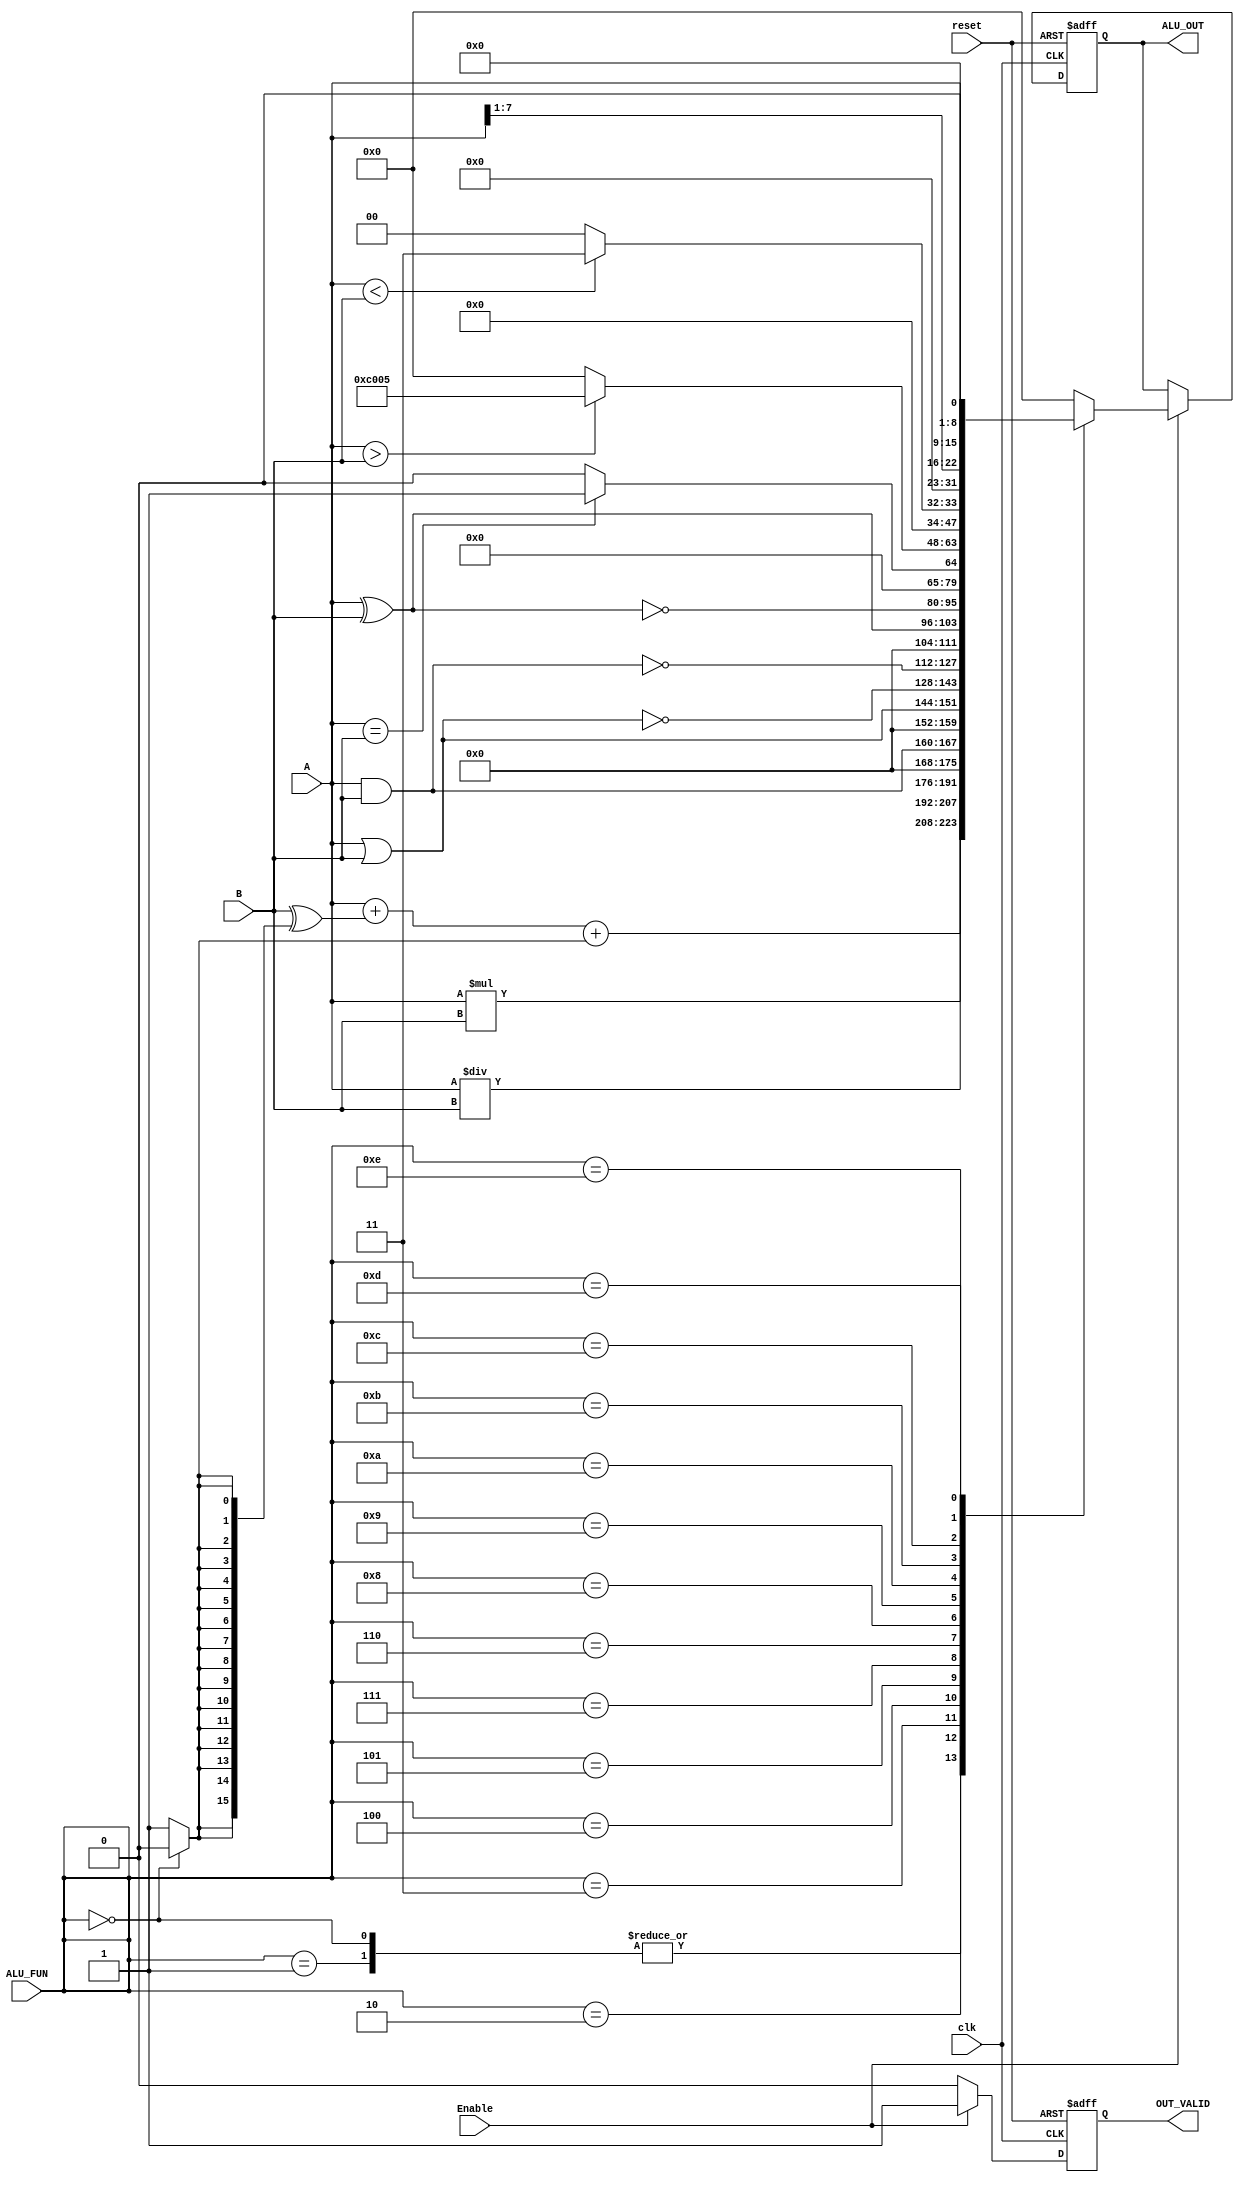

module ALU #(
    parameter
    DATA_WIDTH=8,

    ADD=0, SUB=1, MUL=2, DIV=3, AND=4, OR=5, NAND=6, 
    NOR=7, XOR=8, XNOR=9, CMPEQ=10, CMPGT=11, CMPLE=12,
    SHR=13, SHL=14
)(
input [DATA_WIDTH-1:0]A,B,
input [3:0]ALU_FUN, //its value not known-->> ALU_OUT=16'b0
input Enable,

input clk, reset,
output reg [2*DATA_WIDTH-1:0] ALU_OUT,
output reg OUT_VALID  //??????????
);  

  wire subFlag;
  wire [2*DATA_WIDTH-1:0]  Result, addendOrSubbed;
  
  reg [2*DATA_WIDTH-1:0] ALU_OUT_wire;
  reg OUT_VALID_wire;

  always@(posedge clk or negedge reset)
  begin
    if(!reset)
    begin
        ALU_OUT <=0;
        OUT_VALID<=0;
    end

    else
    begin
        if(Enable)  
        begin
            ALU_OUT   <= ALU_OUT_wire;
        end

        OUT_VALID <= OUT_VALID_wire;
    end
  end
  
  assign subFlag=(ALU_FUN == 4'b0000)? 0:1;
  
  assign addendOrSubbed=B ^ { (2*DATA_WIDTH){subFlag} };
  assign Result=A+addendOrSubbed+subFlag;
  
  
  always@(*)
  begin 
    
    if(Enable)
    begin
      
      case(ALU_FUN)
      ADD:ALU_OUT_wire      = Result;
      SUB: ALU_OUT_wire     = Result;
      
      MUL: ALU_OUT_wire      = A*B;
      DIV: ALU_OUT_wire = A/B;
      AND: ALU_OUT_wire      = A&B;
      OR: ALU_OUT_wire       = A|B;
      NOR: ALU_OUT_wire      = ~(A|B);
      NAND: ALU_OUT_wire     = ~(A&B);
      XOR: ALU_OUT_wire      = A^B;
      XNOR: ALU_OUT_wire     = ~(A^B);
      
      CMPEQ:begin if(A==B) ALU_OUT_wire=1; else ALU_OUT_wire=0; end
      CMPGT:begin if(A > B) ALU_OUT_wire='b1100_0000_0000_0101; else ALU_OUT_wire=0; end
      CMPLE:begin if(A < B) ALU_OUT_wire=3; else ALU_OUT_wire=0; end

      SHR: ALU_OUT_wire = A>>1;
      SHL: ALU_OUT_wire = A<<1;
      
      default:ALU_OUT_wire='b0;
      endcase
      
      OUT_VALID_wire =1;
    end

    else
    begin
        ALU_OUT_wire   =0;
        OUT_VALID_wire =0;

    end
    
      
    
    
  end
  
  
endmodule